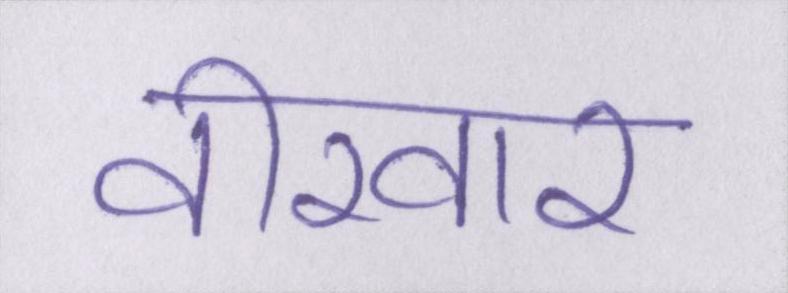
वीरवार